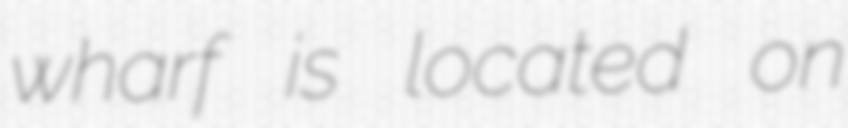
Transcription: wharf is located on